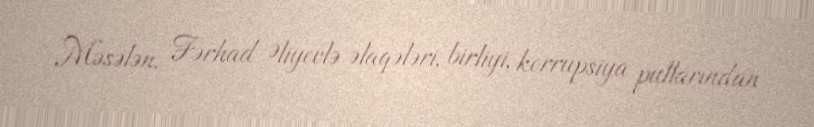
Məsələn, Fərhad Əliyevlə əlaqələri, birliyi, korrupsiya pullarından